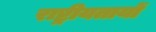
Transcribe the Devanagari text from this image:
राष्ट्रीयतायों